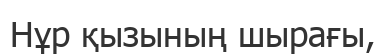
Нұр қызының шырағы,